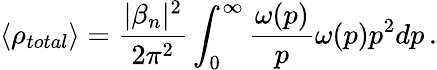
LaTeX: \langle\rho_{total}\rangle=\frac{|\beta_{n}|^{2}}{2\pi^{2}}\int_{0}^{\infty}\frac{\omega(p)}{p}\omega(p)p^{2}dp\, .